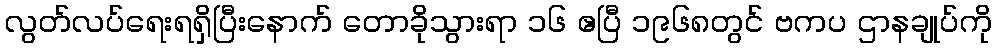
လွတ်လပ်ရေးရရှိပြီးနောက် တောခိုသွားရာ ၁၆ ဧပြီ ၁၉၆၈တွင် ဗကပ ဌာနချုပ်ကို